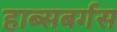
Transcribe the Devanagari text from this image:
हाब्सबर्गस